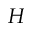
H